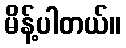
မိန့်ပါတယ်။